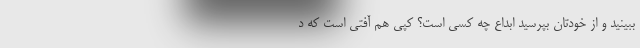
ببینید و از خودتان بپرسید ابداعِ چه کسی است؟ کپی هم آفتی است که د